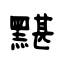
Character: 黮